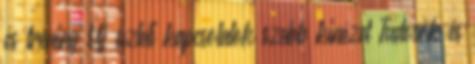
és tréning Új üzleti kapcsolatok szebb kinézet Tudosók és